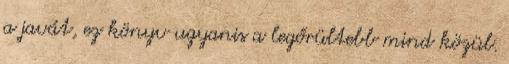
a javát, ez könyv ugyanis a legőrültebb mind közül.